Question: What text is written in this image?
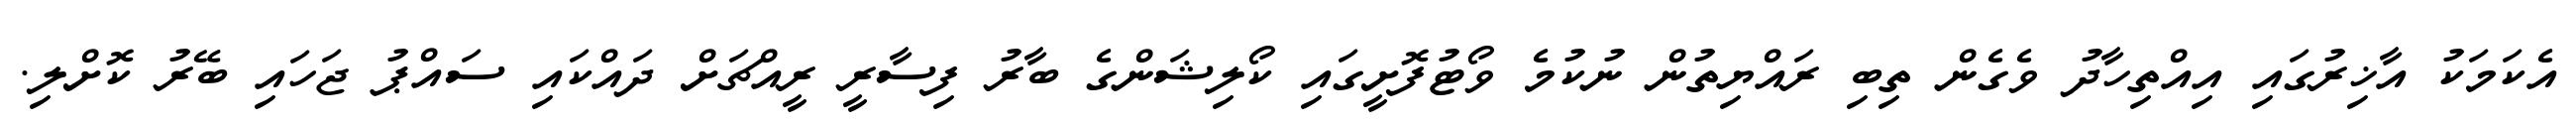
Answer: އެކަމަކު އާޚިރުގައި އިއްތިހާދު ވެގެން ތިބި ރައްޔިތުން ނުކުމެ ވޯޓުފޮށީގައި ކޯލިޝަންގެ ބާރު ފިސާރީ ރީއްޗަށް ދައްކައި ސައްޕު ޖަހައި ބޭރު ކޮށްލި.